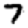
Digit: 7